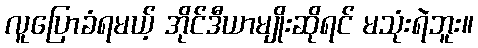
လူပြောခံရမယ့် အိုင်ဒီယာမျိုးဆိုရင် မသုံးရဲဘူး။